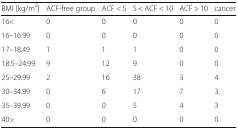
<table><thead><tr><td><b>BMI [kg/m<sup>2</sup>]</b></td><td><b>ACF-free group</b></td><td><b>ACF &lt; 5</b></td><td><b>5 &lt; ACF &lt; 10</b></td><td><b>ACF &gt; 10</b></td><td><b>cancer</b></td></tr></thead><tbody><tr><td>16&lt;</td><td>0</td><td>0</td><td>0</td><td>0</td><td>0</td></tr><tr><td>16–16.99</td><td>0</td><td>0</td><td>0</td><td>0</td><td>0</td></tr><tr><td>17–18.49</td><td>1</td><td>1</td><td>1</td><td>0</td><td>0</td></tr><tr><td>18.5–24.99</td><td>9</td><td>12</td><td>9</td><td>0</td><td>0</td></tr><tr><td>25–29.99</td><td>2</td><td>16</td><td>38</td><td>3</td><td>4</td></tr><tr><td>30–34.99</td><td>0</td><td>6</td><td>17</td><td>7</td><td>3</td></tr><tr><td>35–39.99</td><td>0</td><td>0</td><td>5</td><td>4</td><td>3</td></tr><tr><td>40&gt;</td><td>0</td><td>0</td><td>0</td><td>0</td><td>0</td></tr></tbody></table>